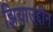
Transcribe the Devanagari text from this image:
झियाउद्दीन